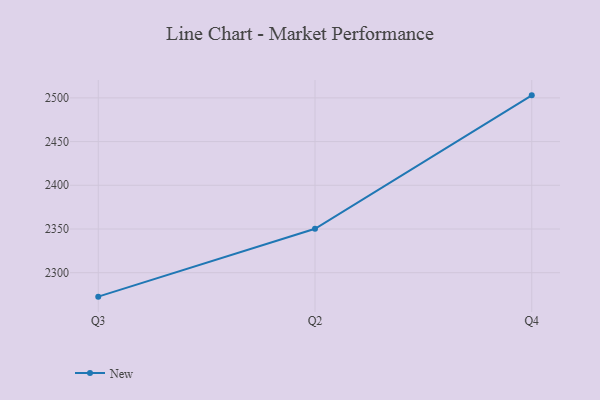
{"axis": {"x": "Quarter", "y": "Headcount"}, "legend": ["New"], "data": [{"x": "Q3", "y": 2272.6, "type": "New"}, {"x": "Q2", "y": 2350.2, "type": "New"}, {"x": "Q4", "y": 2502.9, "type": "New"}]}